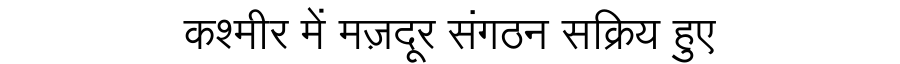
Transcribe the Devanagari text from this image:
कश्मीर में मज़दूर संगठन सक्रिय हुए